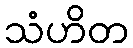
သံဟိတ